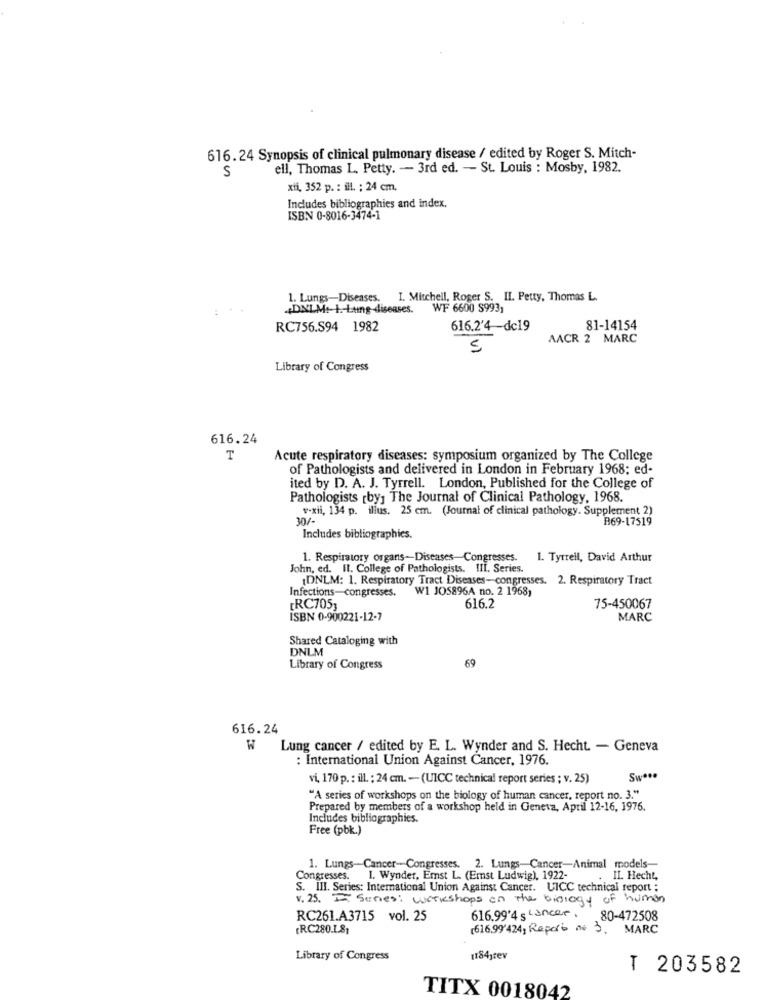
616. 24 Synopsis of clinical pulmonary disease / edited by Roger S. Mitch-
ell, Thomas L. Petty. - 3rd ed. - St. Louis : Mosby, 1982.
S
xii, 352 p. : ill. : 24 cm.
Includes bibliographies and index.
ISBN 0-8016-3474-1
1. Lungs-Diseases. I. Mitchell, Roger S. II. Petty, Thomas L.
.DNLM+-1 .- Lung diseases.
WF 6600 $993,
RC756.S94 1982
616.2'4 -dc19
81-14154
AACR 2 MARC
5
Library of Congress
616.24
T
Acute respiratory diseases: symposium organized by The College
of Pathologists and delivered in London in February 1968; ed-
ited by D. A. J. Tyrrell. London, Published for the College of
Pathologists rby, The Journal of Clinical Pathology, 1968.
v-xil, 134 p. illus. 25 cm. (Journal of clinical pathology. Supplement 2)
30/-
B69-17519
Includes bibliographies.
1. Respiratory organs-Diseases-Congresses.
1. Tyrrell, David Arthur
John, ed. Il. College of Pathologists. III. Series.
[DNLM: 1. Respiratory Tract Diseases-congresses. 2. Respiratory Tract
Infections-congresses.
W1 JOS896A no. 2 1968,
ERC705]
616.2
75-450067
ISBN 0-900221-12-7
MARC
Shared Cataloging with
DNLM
69
Library of Congress
616.24
W
Lung cancer / edited by E. L. Wynder and S. Hecht. - Geneva
: International Union Against Cancer, 1976.
vi, 170 p. : ill. : 24 cm. - (UICC technical report series ; v. 25)
Swªs.
"A series of workshops on the biology of human cancer, report no. 3."
Prepared by members of a workshop held in Geneva, April 12-16, 1976.
Includes bibliographies.
Free (pbk.)
1. Lungs-Cancer-Congresses. 2. Lungs-Cancer-Animal models-
Congresses. 1. Wynder, Emst L. (Emst Ludwig), 1922-
. IL. Hecht,
S. III. Series: International Union Against Cancer. UICC technical report :
v. 25. I Series: workshops in the biology of human
RC261.A3715 vol. 25
616.99'4 s Lancer . 80-472508
RC280.1.81
(616.99424, Report no 3.
MARC
Library of Congress
11841tev
T 203582
TITX 0018042